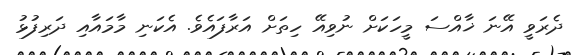
ދެރަވީ އޭނަ ޚާއްސަ މީހަކަށް ނުވިއޭ ހިތަށް އަރާފައެވެ. އެކަނި މާމައާއި ދަރިފުޅު